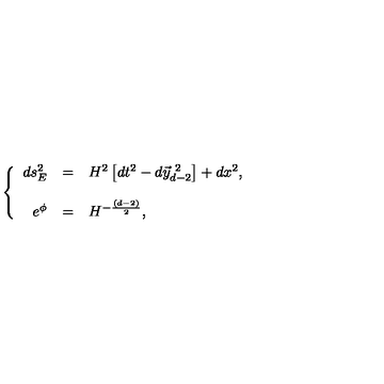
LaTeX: \left\{ \begin{array} { r c l } { d s _ { E } ^ { 2 } } & { = } & { H ^ { 2 } \left[ d t ^ { 2 } - d \vec { y } _ { d - 2 } ^ { \ 2 } \right] + d x ^ { 2 } , } \\ { } & { } & { } \\ { e ^ { \phi } } & { = } & { H ^ { - \frac { ( d - 2 ) } { 2 } } , } \\ \end{array} \right.